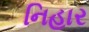
નિહાર